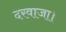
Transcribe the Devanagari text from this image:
दरवाजा।